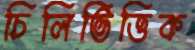
চিলিভিত্তিক